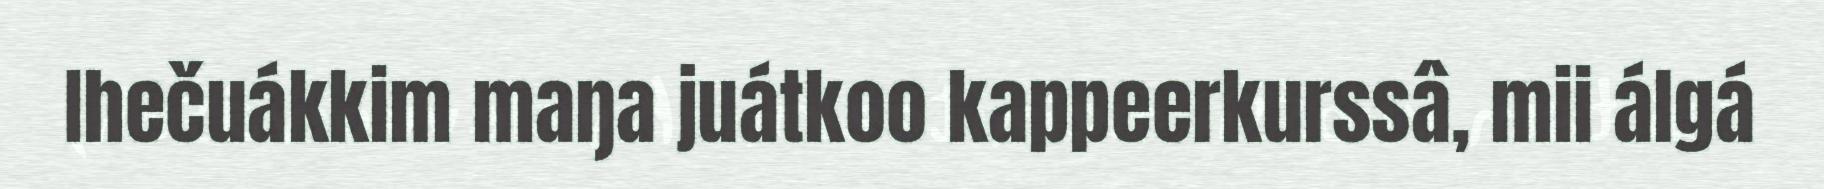
Ihečuákkim maŋa juátkoo kappeerkurssâ, mii álgá